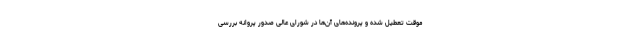
موقت تعطیل شده و پرونده‌های آن‌ها در شورای عالی صدور پروانه بررسی